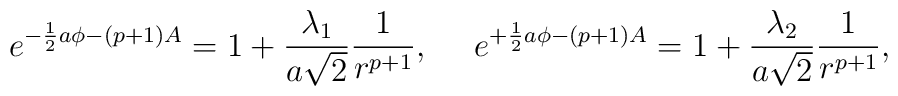
e^{-{1\over 2}a\phi-(p+1)A}=1+{{\lambda_1}\over{a\sqrt{2}}}{1\over{r^{p+1}}},\ \ \ \ e^{+{1\over 2}a\phi-(p+1)A}=1+{{\lambda_2}\over{a\sqrt{2}}}{1\over{r^{p+1}}},